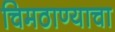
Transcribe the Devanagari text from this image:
चिमठाण्याचा